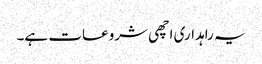
یہ راہداری اچھی شروعات ہے۔